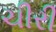
ચીરી